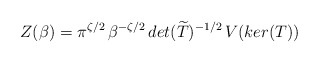
\begin{align*}Z(\beta)=\pi^{\zeta/2}\,\beta^{-\zeta/2}\,det(\widetilde{T})^{-1/2}\,V(ker(T)) \end{align*}